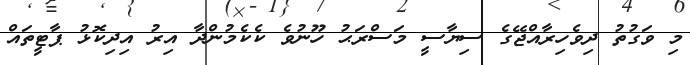
މި ވަގުތު ދިވެހިރާއްޖޭގެ ސިޔާސީ މަސްރަޙު ހޫނުވެ ކެކެމުންދާ އިރު އިދިކޮޅު ޕާޓީތައް